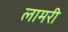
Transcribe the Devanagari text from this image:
लामरी